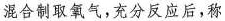
混合制取氧气，充分反应后，称